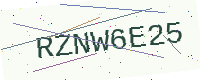
Text: RZNW6E25